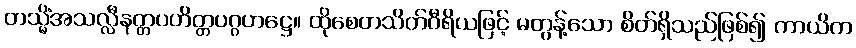
တသ္မိံအသလ္လီနတ္တပဟိတ္တပဂ္ဂဟဋ္ဌေ။ ထိုစေတသိတ်ဝီရိယဖြင့် မတွန့်သော စိတ်ရှိသည်ဖြစ်၍ ကာယိက